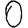
Digit: 0